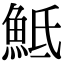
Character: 𩶅